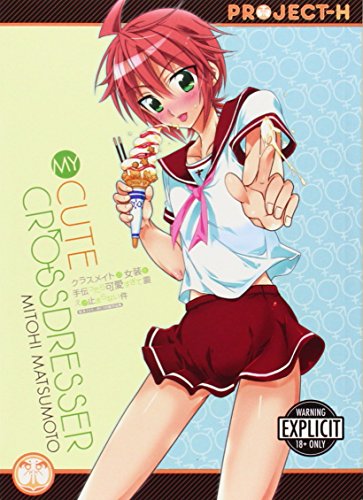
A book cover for My Cute Crossdresser (Hentai Manga); Mitohi Matsumoto; Comics & Graphic Novels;